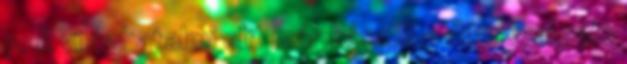
p. A világhatalmi elit már készül a Nibiruval való